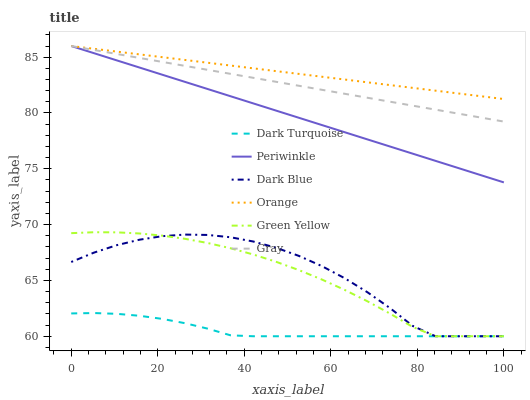
| xaxis_label | Dark Turquoise | Periwinkle | Dark Blue | Orange | Green Yellow | Gray |
 | --- | --- | --- | --- | --- | --- | --- |
 | 0 | 62 | 86 | 66.7 | 86 | 69.2 | 86 |
 | 5.26 | 62.1 | 85.4 | 67.5 | 85.7 | 69.3 | 85.6 |
 | 10.5 | 62 | 84.7 | 68.2 | 85.5 | 69.3 | 85.3 |
 | 15.8 | 61.8 | 84.1 | 68.6 | 85.2 | 69.2 | 84.9 |
 | 21.1 | 61.6 | 83.4 | 69 | 85 | 69 | 84.6 |
 | 26.3 | 61.2 | 82.8 | 69.1 | 84.7 | 68.7 | 84.2 |
 | 31.6 | 60.7 | 82.1 | 69.1 | 84.5 | 68.4 | 83.9 |
 | 36.8 | 60.1 | 81.5 | 68.9 | 84.2 | 67.9 | 83.5 |
 | 42.1 | 60 | 80.9 | 68.5 | 84 | 67.3 | 83.1 |
 | 47.4 | 60 | 80.2 | 67.9 | 83.7 | 66.7 | 82.8 |
 | 52.6 | 60 | 79.6 | 67.2 | 83.5 | 65.9 | 82.4 |
 | 57.9 | 60 | 78.9 | 66.3 | 83.2 | 65.1 | 82.1 |
 | 63.2 | 60 | 78.3 | 65.2 | 83 | 64.2 | 81.7 |
 | 68.4 | 60 | 77.6 | 64 | 82.7 | 63.1 | 81.4 |
 | 73.7 | 60 | 77 | 62.5 | 82.5 | 62 | 81 |
 | 78.9 | 60 | 76.4 | 60.9 | 82.2 | 60.8 | 80.7 |
 | 84.2 | 60 | 75.7 | 60 | 82 | 60 | 80.3 |
 | 89.5 | 60 | 75.1 | 60 | 81.7 | 60 | 79.9 |
 | 94.7 | 60 | 74.4 | 60 | 81.5 | 60 | 79.6 |
 | 100 | 60 | 73.8 | 60 | 81.2 | 60 | 79.2 |